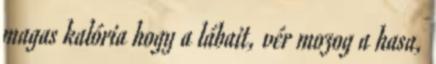
magas kalória hogy a lábait, vér mozog a hasa,